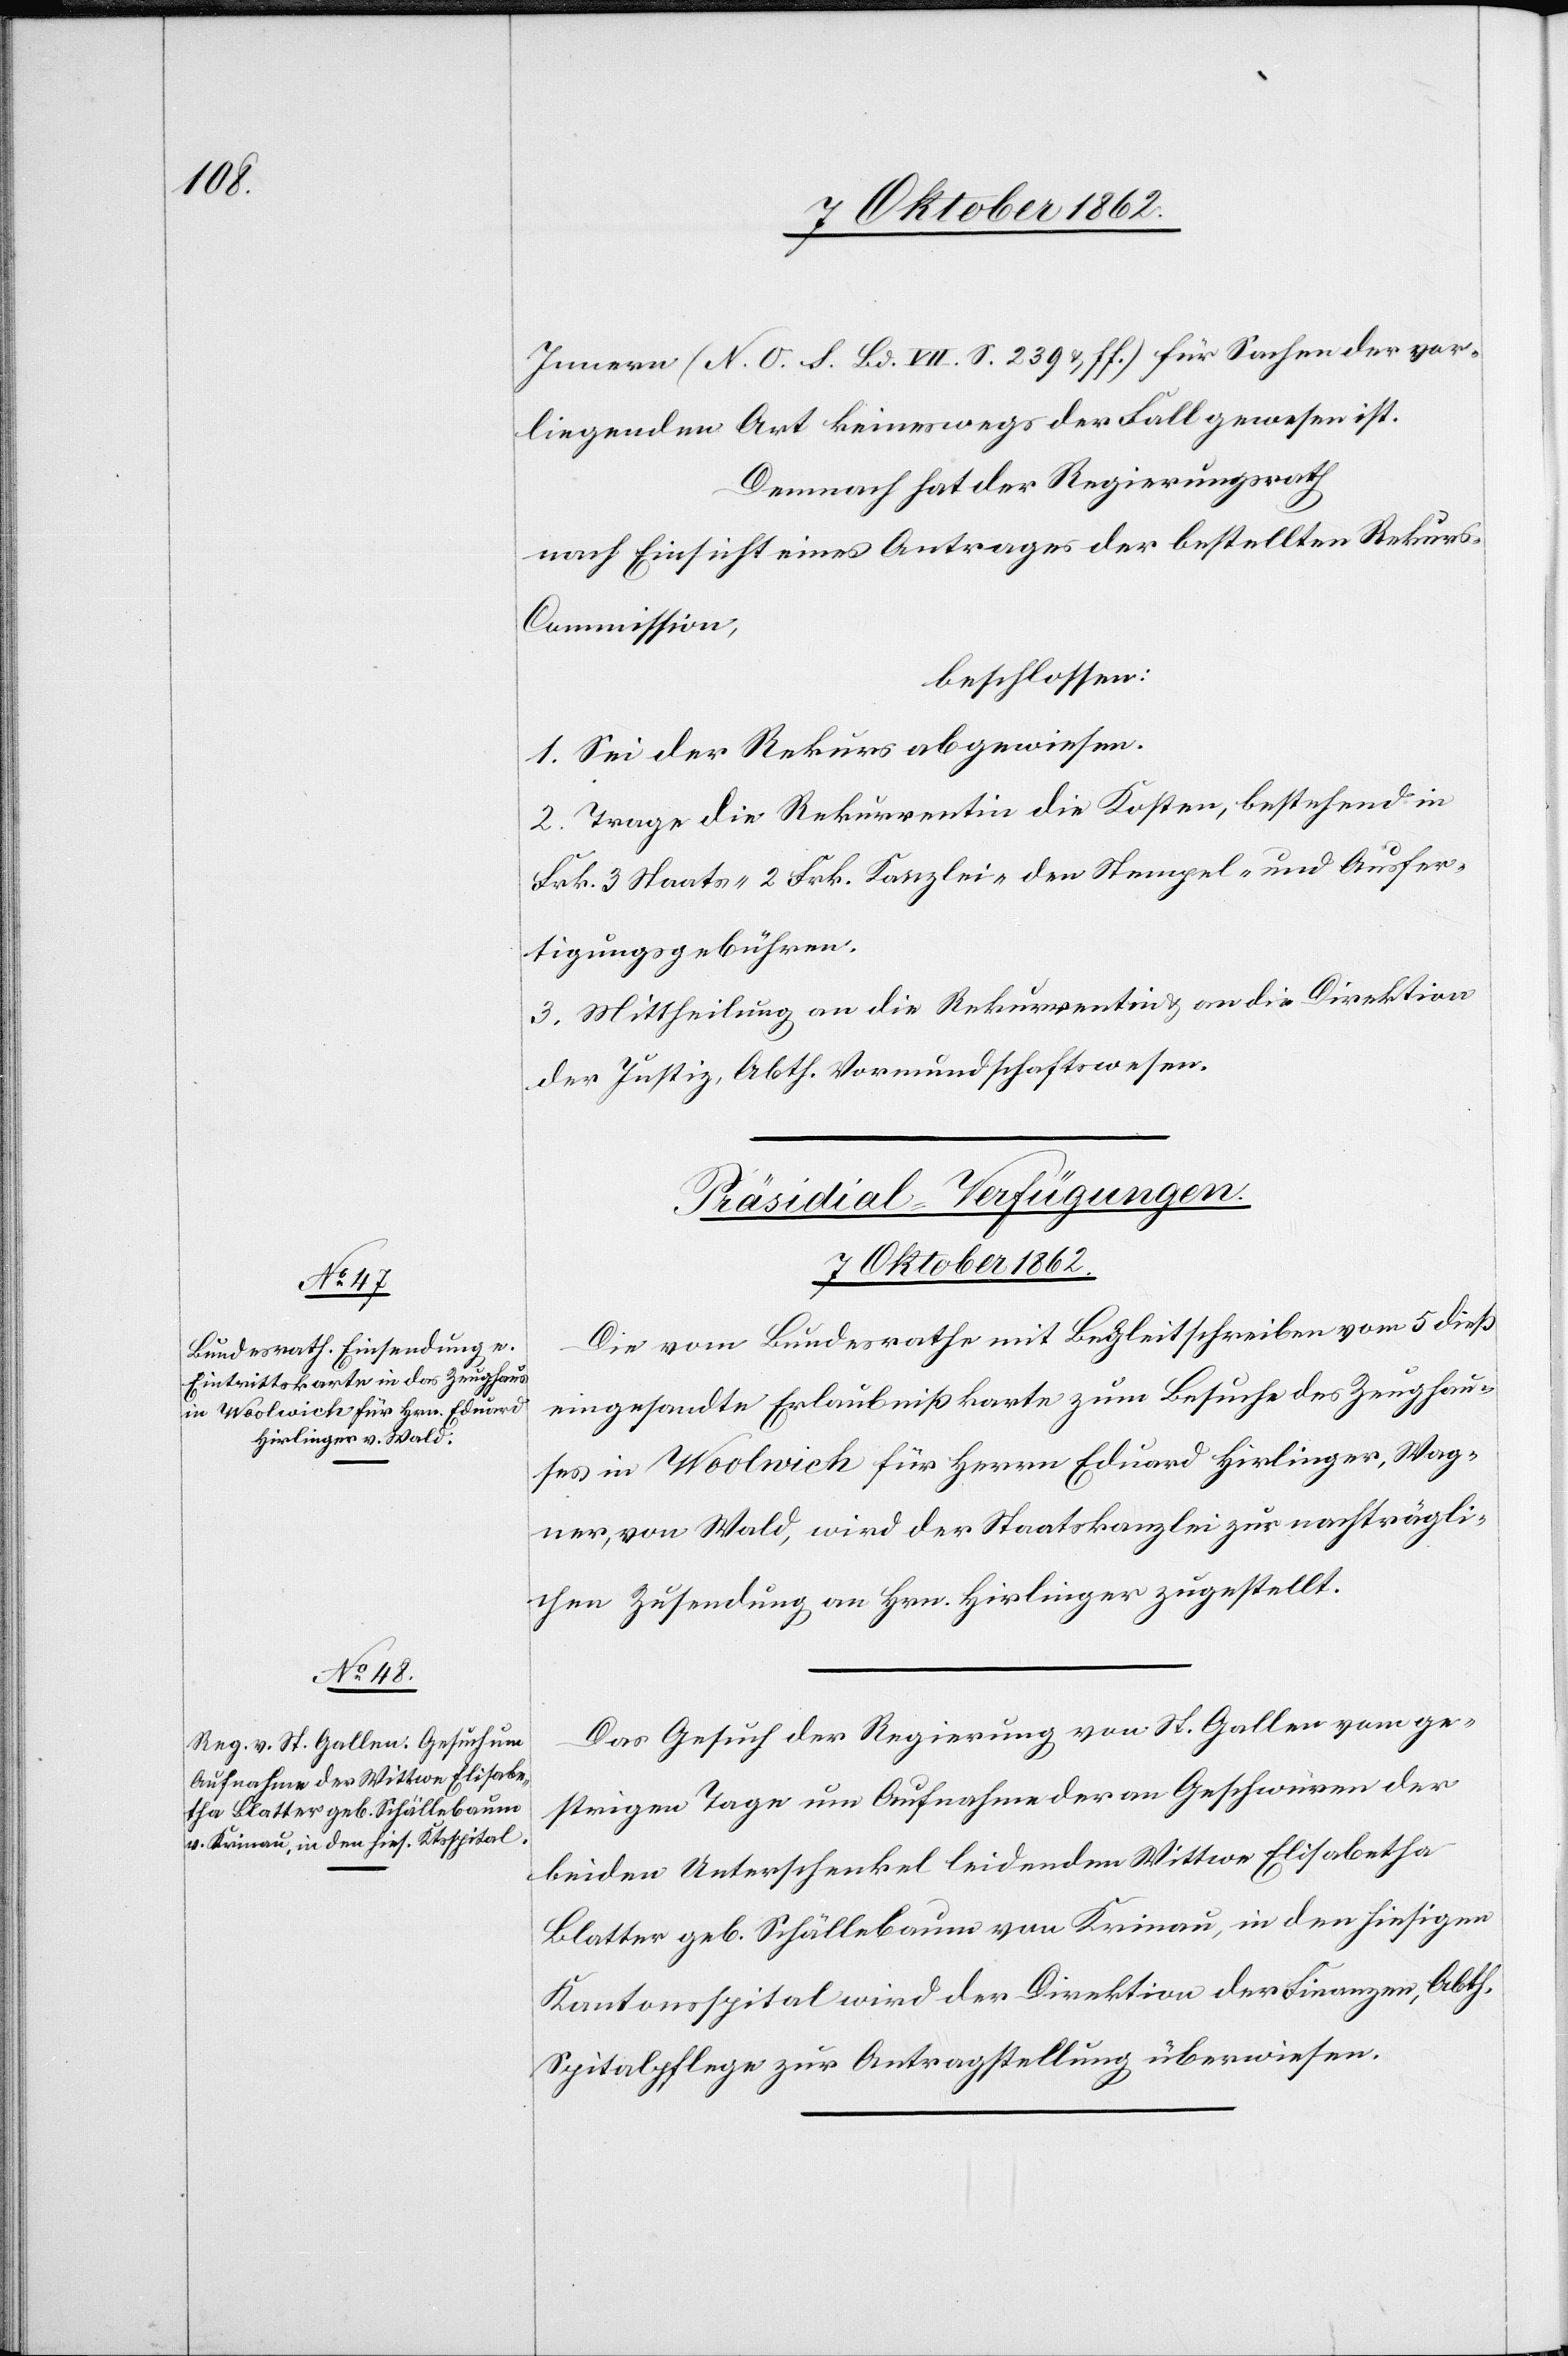
7. Oktober 1862.]
Innern (N. O. S. Bd. VIII. S. 239 u. ff.) für Sachen der vor¬
liegenden Art keineswegs der Fall gewesen ist.
Demnach hat der Regierungsrath
nach Einsicht eines Antrages der erstellten Rekur¬
s-Commission,
beschlossen:
1. Sei der Rekurs abgewiesen.
2. Trage die Rekurrentin die Kosten, bestehend in
Frk. 3 Staats-[,] 2 Frk. Kanzlei-[,] den Stempel- und Ausfer¬
tigungsgebühren.
3. Mittheilung an die Rekurrentin u. an die Direktion
der Justiz, Abth. Vormundschaftswesen.
[Präsidial-Verfügungen.
Die vom Bundesrathe mit Begleitschreiben vom 5. dieß
eingesandte Erlaubnißkarte zum Besuche des Zeughau¬
ses in Woolwich für Herrn Eduard Hirlinger, Wag¬
ner, von Wald, wird der Staatskanzlei zur nachträgli¬
chen Zusendung an Hrn. Hirlinger zugestellt.
Das Gesuch der Regierung von St. Gallen vom ge¬
strigen Tage um Aufnahme der an Geschwüren der
beiden Unterschenkel leidenden Wittwe Elisabetha
Blatter geb. Schällebaum von Krinau, in den hiesigen
Kantonsspital wird der Direktion der Finanzen, Abth.
Spitalpflege zur Antragstellung überweisen.